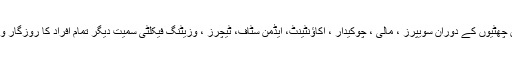
سکول میں چھٹیوں کے دوران سویپرز ، مالی ، چوکیدار ، اکاؤنٹینٹ، ایڈمن سٹاف، ٹیچرز ، وزیٹنگ فیکلٹی سمیت دیگر تمام افراد کا روزگار وابستہ ہے ۔